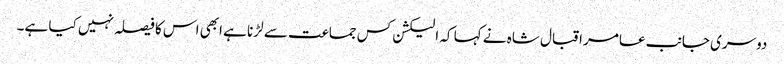
دوسری جانب عامر اقبال شاہ نے کہا کہ الیکشن کس جماعت سے لڑنا ہے ابھی اس کا فیصلہ نہیں کیا ہے۔